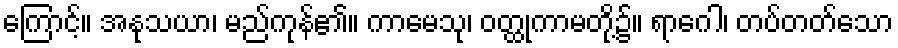
ကြောင့်။ အနုသယာ၊ မည်ကုန်၏။ ကာမေသု၊ ဝတ္ထုကာမတို့၌။ ရာဂေါ၊ တပ်တတ်သော